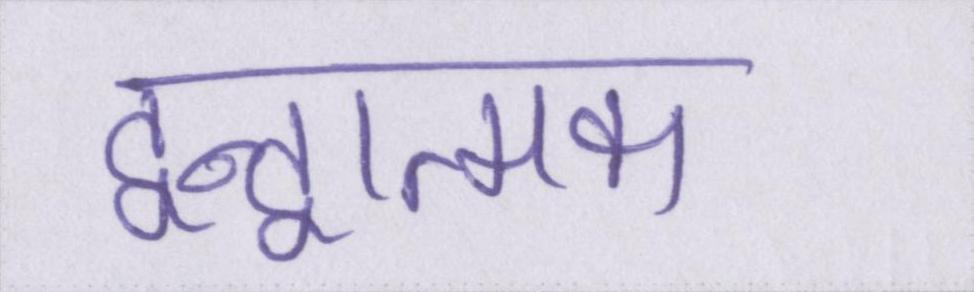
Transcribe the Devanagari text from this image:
द्वन्द्वात्मक